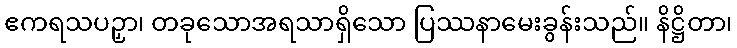
ဧကရသပဉှာ၊ တခုသောအရသာရှိသော ပြဿနာမေးခွန်းသည်။ နိဋ္ဌိတာ၊